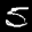
Label: 5